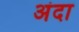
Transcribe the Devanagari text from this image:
अंदा